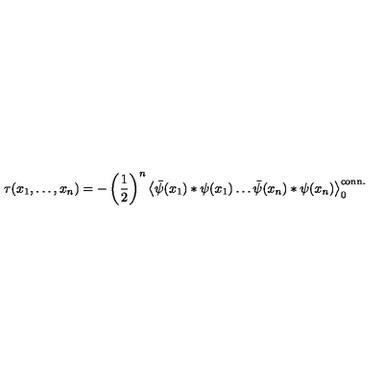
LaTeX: \tau ( x _ { 1 } , \ldots , x _ { n } ) = - \left( \frac { 1 } { 2 } \right) ^ { n } \left< \bar { \psi } ( x _ { 1 } ) * \psi ( x _ { 1 } ) \ldots \bar { \psi } ( x _ { n } ) * \psi ( x _ { n } ) \right> _ { 0 } ^ { \mathrm { c o n n . } }